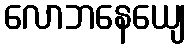
လောဘနေယျေ